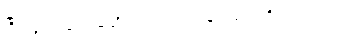
ပြီးလျှင် သူက မဆိုင်းမတွ လက်မှတ်ရေးထိုး လိုက်သည်။